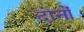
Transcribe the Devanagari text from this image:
दोनोंं